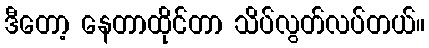
ဒီတော့ နေတာထိုင်တာ သိပ်လွတ်လပ်တယ်။